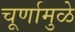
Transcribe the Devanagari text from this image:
चूर्णामुळे